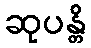
ဆုပန္တိ